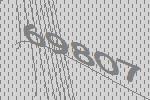
69807